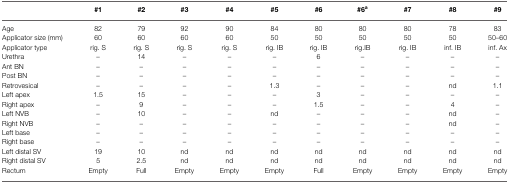
<table><thead><tr><td>[EMPTY_CELL]</td><td><b>#1</b></td><td><b>#2</b></td><td><b>#3</b></td><td><b>#4</b></td><td><b>#5</b></td><td><b>#6</b></td><td><b>#6<sup>a</sup></b></td><td><b>#7</b></td><td><b>#8</b></td><td><b>#9</b></td></tr></thead><tbody><tr><td>Age</td><td>82</td><td>79</td><td>92</td><td>90</td><td>84</td><td>80</td><td>80</td><td>80</td><td>78</td><td>83</td></tr><tr><td>Applicator size (mm)</td><td>60</td><td>60</td><td>60</td><td>60</td><td>50</td><td>50</td><td>50</td><td>50</td><td>50</td><td>50–60</td></tr><tr><td>Applicator type</td><td>rig. S</td><td>rig. S</td><td>rig. S</td><td>rig. S</td><td>rig. IB</td><td>rig. IB</td><td>rig. IB</td><td>rig. IB</td><td>inf. IB</td><td>inf. Ax</td></tr><tr><td>Urethra</td><td>–</td><td>14</td><td>–</td><td>–</td><td>–</td><td>6</td><td>–</td><td>–</td><td>–</td><td>–</td></tr><tr><td>Ant BN</td><td>–</td><td>–</td><td>–</td><td>–</td><td>–</td><td>–</td><td>–</td><td>–</td><td>–</td><td>–</td></tr><tr><td>Post BN</td><td>–</td><td>–</td><td>–</td><td>–</td><td>–</td><td>–</td><td>–</td><td>–</td><td>–</td><td>–</td></tr><tr><td>Retrovesical</td><td>–</td><td>–</td><td>–</td><td>–</td><td>1.3</td><td>–</td><td>–</td><td>–</td><td>nd</td><td>1.1</td></tr><tr><td>Left apex</td><td>1.5</td><td>15</td><td>–</td><td>–</td><td>–</td><td>3</td><td>–</td><td>–</td><td>–</td><td>–</td></tr><tr><td>Right apex</td><td>–</td><td>9</td><td>–</td><td>–</td><td>–</td><td>1.5</td><td>–</td><td>–</td><td>4</td><td>–</td></tr><tr><td>Left NVB</td><td>–</td><td>10</td><td>–</td><td>–</td><td>nd</td><td>–</td><td>–</td><td>–</td><td>nd</td><td>–</td></tr><tr><td>Right NVB</td><td>–</td><td>–</td><td>–</td><td>–</td><td>–</td><td>–</td><td>–</td><td>–</td><td>nd</td><td>–</td></tr><tr><td>Left base</td><td>–</td><td>–</td><td>–</td><td>–</td><td>–</td><td>–</td><td>–</td><td>–</td><td>–</td><td>–</td></tr><tr><td>Right base</td><td>–</td><td>–</td><td>–</td><td>–</td><td>–</td><td>–</td><td>–</td><td>–</td><td>–</td><td>–</td></tr><tr><td>Left distal SV</td><td>19</td><td>10</td><td>nd</td><td>nd</td><td>nd</td><td>nd</td><td>nd</td><td>nd</td><td>nd</td><td>nd</td></tr><tr><td>Right distal SV</td><td>5</td><td>2.5</td><td>nd</td><td>nd</td><td>nd</td><td>nd</td><td>nd</td><td>nd</td><td>nd</td><td>nd</td></tr><tr><td>Rectum</td><td>Empty</td><td>Full</td><td>Empty</td><td>Empty</td><td>Empty</td><td>Full</td><td>Empty</td><td>Empty</td><td>Empty</td><td>Empty</td></tr></tbody></table>